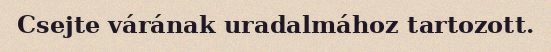
Csejte várának uradalmához tartozott.